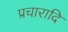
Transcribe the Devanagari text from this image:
प्रचारादि